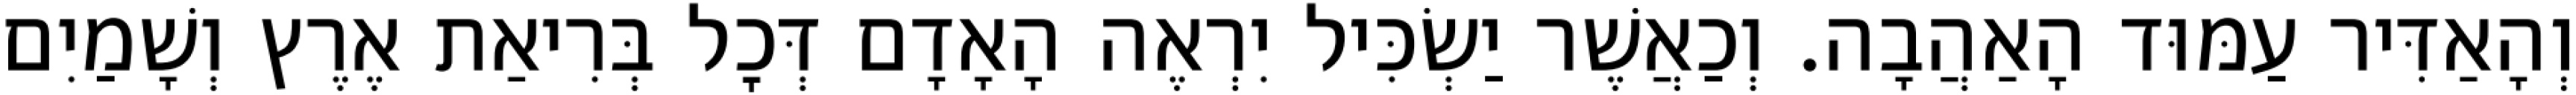
וְהָאַדִּיר עַמּוּד הָאַהֲבָה. וְכַאֲשֶׁר יַשְׂכִּיל יִרְאֶה הָאָדָם דְּכׇל בְּרִיאַת אֶרֶץ וְשָׁמַיִם